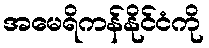
အမေရိကန်နိုင်ငံကို